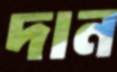
দান